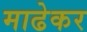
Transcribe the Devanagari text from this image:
माढेकर